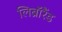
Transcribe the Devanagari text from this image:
लिब्रॉरैंड